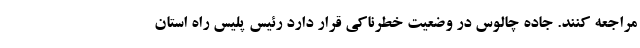
مراجعه کنند. جاده چالوس در وضعیت خطرناکی قرار دارد رئیس پلیس راه استان